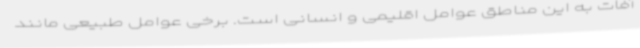
آفات به این مناطق عوامل اقلیمی و انسانی است. برخی عوامل طبیعی مانند